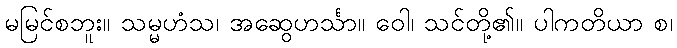
မမြင်စဘူး။ သမ္မဟံသ၊ အဆွေဟင်္သာ။ ဝေါ၊ သင်တို့၏။ ပါကတိယာ စ၊